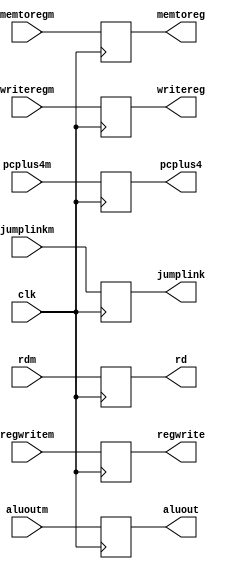
module wb_reg(
input clk,
input[31:0] rdm,aluoutm,
input regwritem,memtoregm,
input [4:0] writeregm,
input [31:0] pcplus4m,
input jumplinkm,
output reg regwrite,memtoreg,
output reg [31:0] rd, aluout,
output reg [4:0] writereg,
output reg [31:0] pcplus4,
output reg jumplink
);

initial begin
    //$monitor($time,"wb_reg monitor: aluoutM <= %x aluoutw <= %x", aluoutm,aluout);

	aluout <= 0;
	rd <= 0;
	regwrite <= 0;
	memtoreg <= 0;
	writereg <= 0;
	pcplus4 <= 0;
	jumplink <= 0;
end

//Assign:
// assign regwritew <= regwrite;
// assign memtoregw <= memtoreg;
// assign aluoutw <= aluout;
// assign rdw <= rd;
// assign writeregw <= writereg;
// assign pcplus4w <= pcplus4;
// assign jumplinkw <= jumplink;

always @(posedge clk) begin
		//$display($time,"posedgewrite wbreg aluoutm <= %x aluout <= %x",aluoutm,aluout);
		 regwrite <= regwritem;
		 memtoreg <= memtoregm;
		 aluout <= aluoutm;
		 rd <= rdm;
		 writereg <= writeregm;
		 pcplus4 <= pcplus4m;
		 jumplink <= jumplinkm;
	
end

endmodule